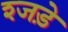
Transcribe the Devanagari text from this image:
श्जड़े